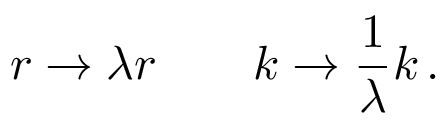
r \rightarrow \lambda r \quad \quad k \rightarrow { \frac { 1 } { \lambda } } k \, .